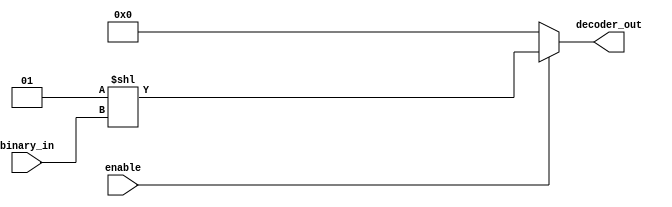
module b7_anybit_dec_assign_shift (
 binary_in, decoder_out, enable
);

   parameter IN_SIZE = 4; 
	parameter OUT_SIZE = 2<<IN_SIZE;
	
	input  wire [IN_SIZE-1:0] binary_in;
	output wire [OUT_SIZE-1:0] decoder_out;
	input enable;

   assign decoder_out = (enable) ? (1 << binary_in) : 0 ;

endmodule